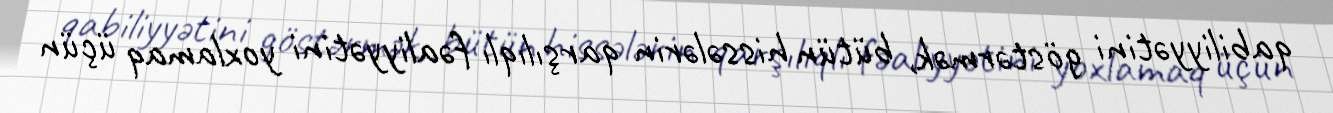
qabiliyyətini göstərmək, bütün hissələrin qarşılıqlı fəaliyyətini yoxlamaq üçün